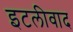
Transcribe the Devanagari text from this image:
इटलीवाद